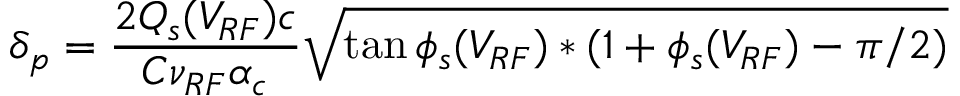
\delta _ { p } = \frac { 2 Q _ { s } ( V _ { R F } ) c } { C \nu _ { R F } \alpha _ { c } } \sqrt { \tan \phi _ { s } ( V _ { R F } ) * ( 1 + \phi _ { s } ( V _ { R F } ) - \pi / 2 ) }